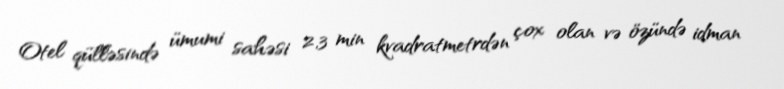
Otel qülləsində ümumi sahəsi 2,3 min kvadratmetrdən çox olan və özündə idman